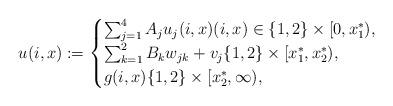
LaTeX: \begin{align*} u(i,x):=\begin{cases} \sum_{j=1}^4 A_j u_j(i,x)(i,x)\in \{1,2\}\times [0,x_1^*),\\ \sum_{k=1}^2 B_kw_{jk} +v_j \{1,2\}\times [x_1^*,x_2^*),\\ g(i,x) \{1,2\}\times [x_2^*,\infty), \end{cases} \end{align*}